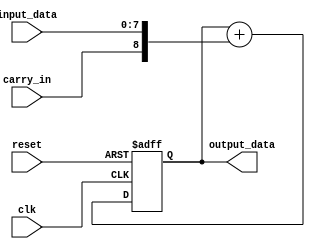
module parallel_accumulator (
    input wire clk, // Clock input
    input wire reset, // Reset signal
    input wire [7:0] input_data, // Input data for addition
    input wire carry_in, // Carry input for first adder block
    output wire [15:0] output_data // Final accumulated output
);

reg [15:0] accumulator; // Accumulator register

// Adder blocks
always @(posedge clk or posedge reset)
begin
    if (reset)
        accumulator <= 16'b0;
    else
        accumulator <= accumulator + {carry_in, input_data};
end

assign output_data = accumulator;

endmodule